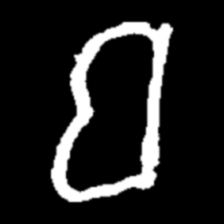
Pyu character \u2014 Myanmar letter: ဗ (romanized: ba)